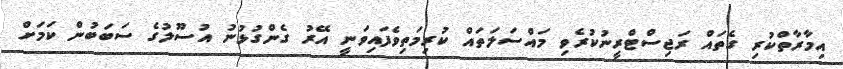
އިމާރާތްކުރި ގެތައް ރަޖިސްޓްރީނުކުރެވި މައްސަލަތައް ކުރިމަތިވެފައިވަނީ އޭރު ގެންގުޅުނު އުސޫލުގެ ސަބަބުން ކަމަށް